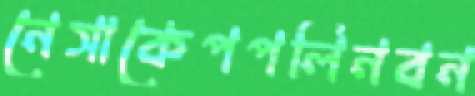
নেসাকেপপলিনবন